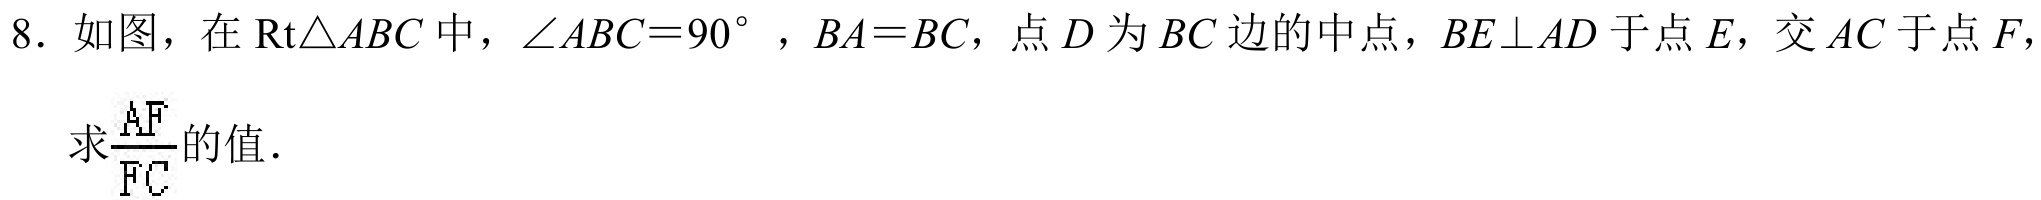
8. 如图，在\(\text{Rt}\triangle ABC\)中，\(\angle ABC = 90^{\circ}\)，\(BA = BC\)，点\(D\)为\(BC\)边的中点，\(BE\perp AD\)于点\(E\)，交\(AC\)于点\(F\)，
求\(\frac{AF}{FC}\)的值．